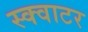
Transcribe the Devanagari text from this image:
स्क्वाटर